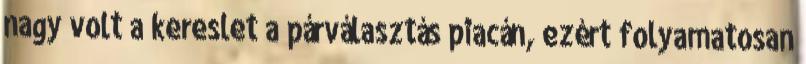
nagy volt a kereslet a párválasztás piacán, ezért folyamatosan